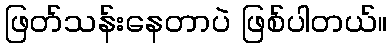
ဖြတ်သန်းနေတာပဲ ဖြစ်ပါတယ်။